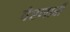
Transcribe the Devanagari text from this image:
पेरणारी